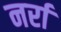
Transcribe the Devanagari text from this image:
नर्रा